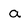
Character: a